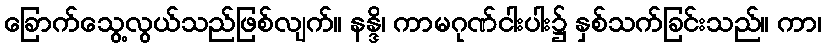
ခြောက်သွေ့လွယ်သည်ဖြစ်လျက်။ နန္ဒိ၊ ကာမဂုဏ်ငါးပါး၌ နှစ်သက်ခြင်းသည်။ ကာ၊